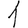
Digit: 1